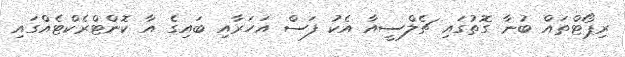
ރިޕޯޓްތައް ބުނާ ގޮތުގައި ޗެލްސީއާ އެކު ފަސް އަހަރާއި ބައިގެ އާ ކޮންޓްރެކްޓެއްގައި